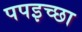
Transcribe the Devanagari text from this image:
पपइच्छा